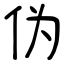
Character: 伪